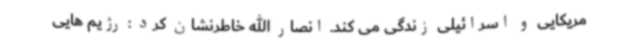
مریکایی و اسرائیلی زندگی می کند. انصار الله خاطرنشان کرد : رژیم هایی